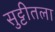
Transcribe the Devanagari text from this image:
सुट्टीतला